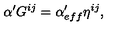
\alpha ^ { \prime } G ^ { i j } = \alpha _ { e f f } ^ { \prime } \eta ^ { i j } ,